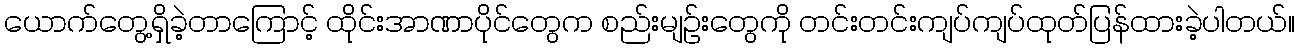
ယောက်တွေ့ရှိခဲ့တာကြောင့် ထိုင်းအာဏာပိုင်တွေက စည်းမျဉ်းတွေကို တင်းတင်းကျပ်ကျပ်ထုတ်ပြန်ထားခဲ့ပါတယ်။